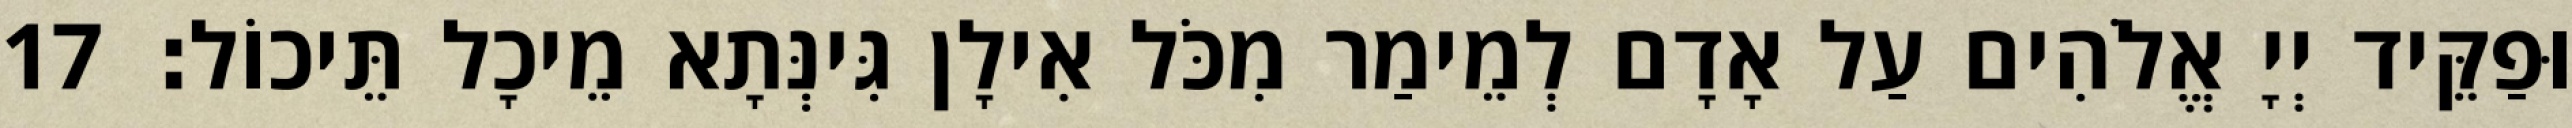
וּפַקֵּיד יְיָ אֱלֹהִים עַל אָדָם לְמֵימַר מִכֹּל אִילָן גִּינְּתָא מֵיכָל תֵּיכוֹל׃ 17